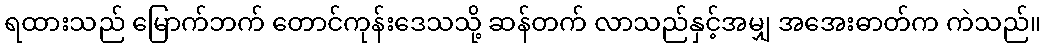
ရထားသည် မြောက်ဘက် တောင်ကုန်းဒေသသို့ ဆန်တက် လာသည်နှင့်အမျှ အအေးဓာတ်က ကဲသည်။